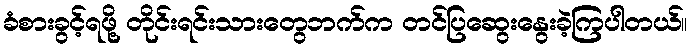
ခံစားခွင့်ရဖို့ တိုင်းရင်းသားတွေဘက်က တင်ပြဆွေးနွေးခဲ့ကြပါတယ်။